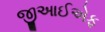
જીઆઈએફ